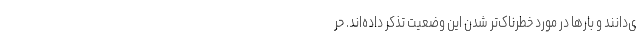
ی‌دانند و بارها در مورد خطرناک‌تر شدن این وضعیت تذکر داده‌اند. حر